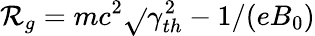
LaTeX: \mathcal{R}_{g}=mc^{2}\sqrt{}{{\gamma_{th}^{2}-1}}/(eB_{0})